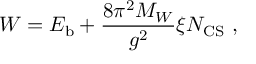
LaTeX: W = E _ { \mathrm { b } } + \frac { 8 \pi ^ { 2 } M _ { W } } { g ^ { 2 } } \xi N _ { \mathrm { C S } } \ ,